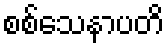
စစ်သေနာပတိ